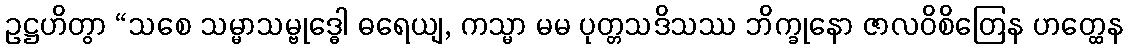
ဥဋ္ဌဟိတွာ “သစေ သမ္မာသမ္ဗုဒ္ဓေါ ဓရေယျ, ကသ္မာ မမ ပုတ္တသဒိသဿ ဘိက္ခုနော ဇာလဝိစိတြေန ဟတ္ထေန